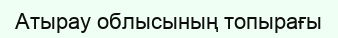
Атырау облысының топырағы